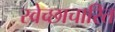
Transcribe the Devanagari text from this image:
स्वेच्छाचारित